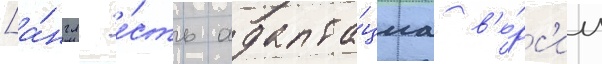
[а́нгл. е́сть адапта́циа в'е́рс'ии